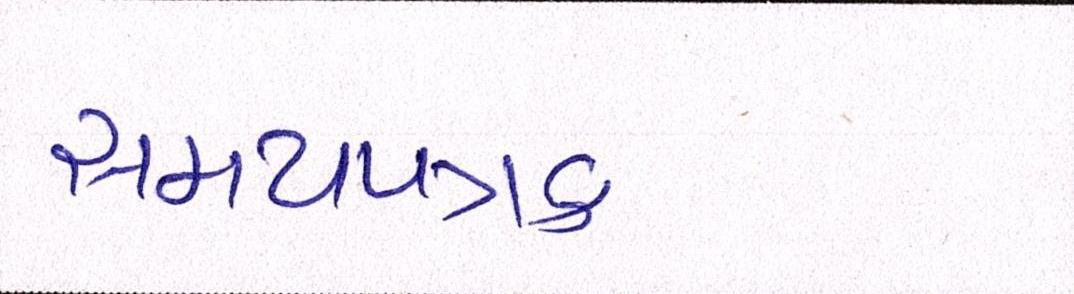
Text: સમયપત્રક